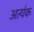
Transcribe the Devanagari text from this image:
अत्यंक